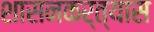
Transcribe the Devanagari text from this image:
शासनकर्त्यास